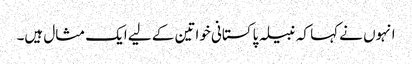
انہوں نے کہا کہ نبیلہ پاکستانی خواتین کے لیے ایک مثال ہیں۔